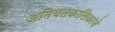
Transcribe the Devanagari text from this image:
अनियतकालिकांचे